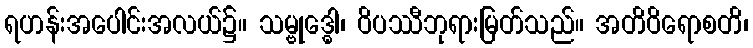
ရဟန်းအပေါင်းအလယ်၌။ သမ္ဗုဒ္ဓေါ၊ ဝိပဿီဘုရားမြတ်သည်။ အတိဝိရောစတိ၊